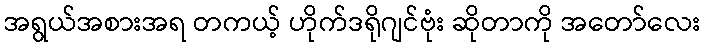
အရွယ်အစားအရ တကယ့် ဟိုက်ဒရိုဂျင်ဗုံး ဆိုတာကို အတော်လေး